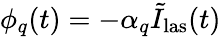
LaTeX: \phi_{q}(t)=-\alpha_{q}\tilde{I}_{\mathrm{las}}(t)